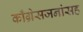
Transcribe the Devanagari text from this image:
काँग्रेसजनांसह